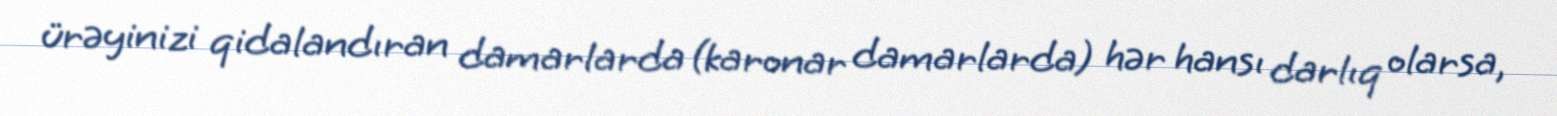
ürəyinizi qidalandıran damarlarda (karonar damarlarda) hər hansı darlıq olarsa,